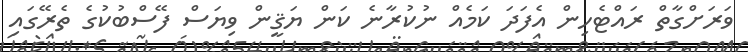
ވަރަށްގާތް ރައްޓެހިން އެފަދަ ކަމެއް ނުކުރާނެ ކަން ޔަޤީން ވިޔަސް ފޭސްބުކުގެ ތެރޭގައި